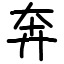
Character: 奔